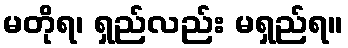
မတိုရ၊ ရှည်လည်း မရှည်ရ။